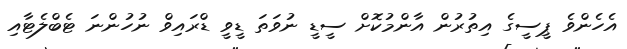
އެހެންވެ ޕީސީގެ އިތުރުން އާންމުކޮށް ސީޑީ ނުވަތަ ޑީވީ ޑްރައިވް ނުހުންނަ ޓެބްލެޓާއި